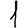
Digit: 1